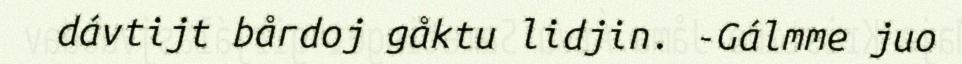
dávtijt bårdoj gåktu lidjin. -Gálmme juo